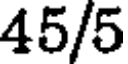
45/5